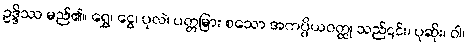
ဥဒ္ဒိဿ မည်၏။ ရွှေ၊ ငွေ၊ ပုလဲ၊ ပတ္တမြား စသော အကပ္ပိယဝတ္ထု သည်၎င်း၊ ပုဆိုး၊ ဝါ၊